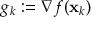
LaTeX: g _ { k } : = \nabla f ( \mathbf { x } _ { k } )